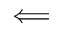
\Longleftarrow